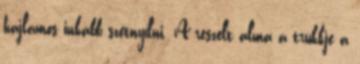
hajlamos inkább szétnyílni. A reszelt alma a trükkje a